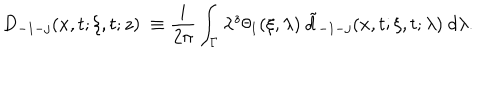
LaTeX: D _ { - 1 - j } ( x , t ; \xi , t ; z ) \ \equiv \frac i { 2 \pi } \int _ { \Gamma } \lambda ^ { z } \theta _ { 1 } ( \xi , \lambda ) \ \tilde { d } _ { - 1 - j } ( x , t ; \xi , t ; \lambda ) \ d \lambda .